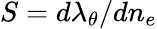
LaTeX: S=d\lambda_{\theta}/dn_{e}